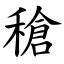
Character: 䅮